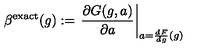
\beta ^ { \mathrm { e x a c t } } ( g ) : = \left. \frac { \partial G ( g , a ) } { \partial a } \right| _ { a = \frac { d F } { d g } ( g ) }